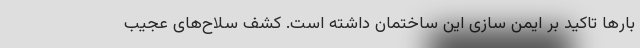
بارها تاکید بر ایمن سازی این ساختمان داشته است. کشف سلاح‌های عجیب